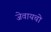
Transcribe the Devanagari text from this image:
जेवायचो